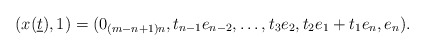
\begin{align*}(x(\underline{t}),1)=(0_{(m-n+1)n},t_{n-1}e_{n-2},\ldots,t_3e_2,t_2e_1+t_1e_n,e_n).\end{align*}